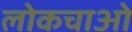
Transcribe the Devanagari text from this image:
लोकचाओ